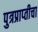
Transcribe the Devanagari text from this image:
पुत्रप्राप्‍तीचा